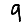
Digit: 9